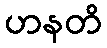
ဟနတိ